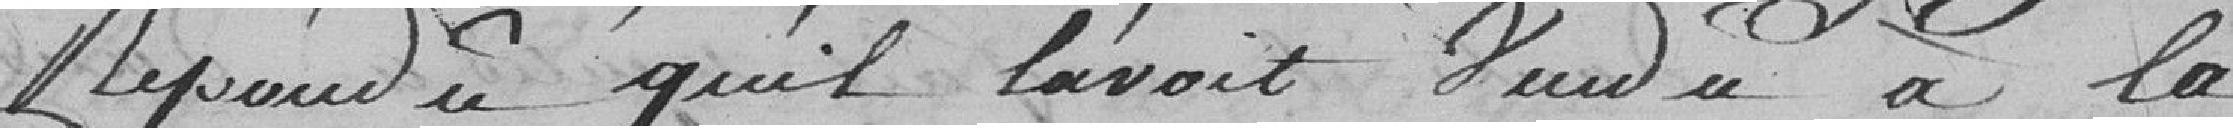
répondu qu'il l'avait vendu à la